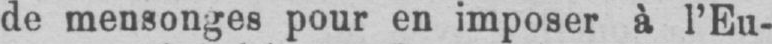
de mensonges pour en imposer à l’Eu-